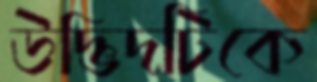
উদ্ভিদটিকে